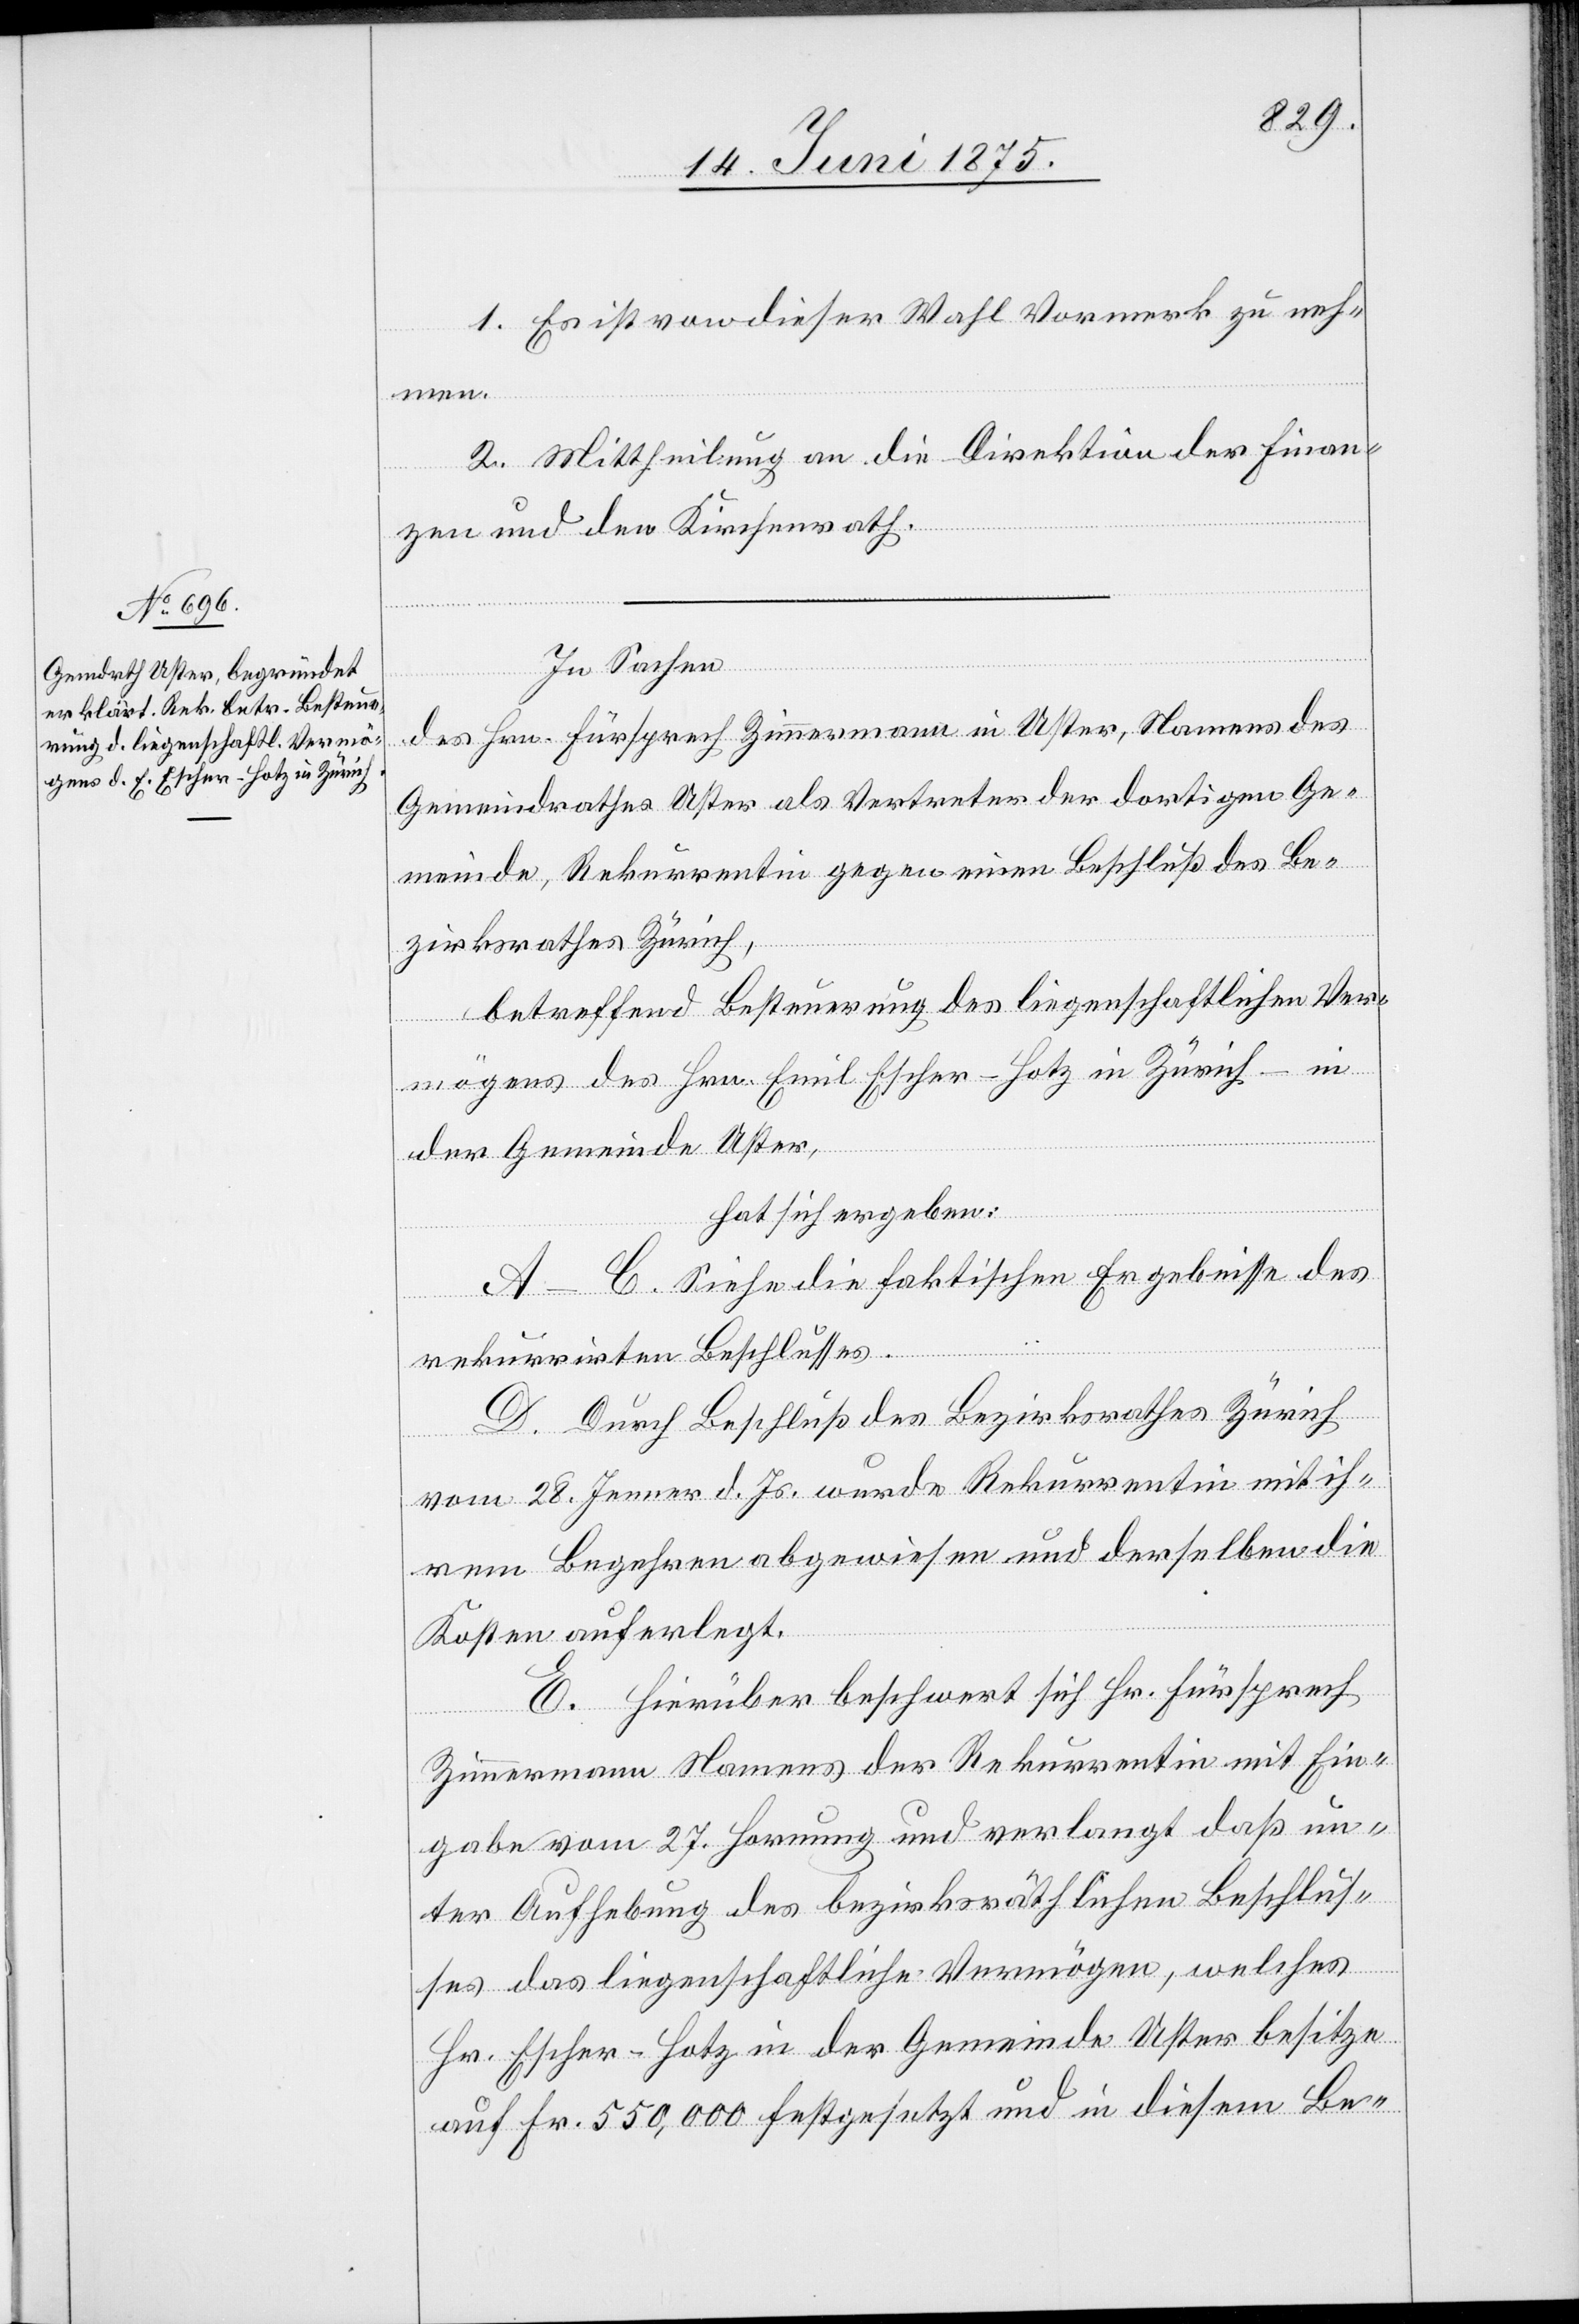
1. Es ist von dieser Wahl Vormerk zu neh¬
men.
2. Mittheilung an die Direktion der Finan¬
zen und den Kirchenrath.
In Sachen
des Hrn. Fürsprech Zimmermann in Uster, Namens des
Gemeindrathes Uster als Vertreter der dortigen Ge¬
meinde, Rekurrentin gegen einen Beschluß des Be¬
zirksrathes Zürich,
betreffend Besteuerung des liegenschaftlichen Ver¬
der Gemeinde Uster,
hat sich ergeben:
A–C. Siehe die faktischen Ergebnisse des
rekurrirten Beschlusses.
D. Durch Beschluß des Bezirksrathes Zürich
vom 28. Jenner d. Js. wurde Rekurrentin mit ih¬
rem Begehren abgewiesen und derselben die
Kosten auferlegt.
E. Hierüber beschwert sich Hr. Fürsprech
Hrn.
Zimmermann Namens der Rekurrentin mit Ein¬
gabe vom 27. Hornung und verlangt daß un¬
ter Aufhebung des bezirksräthlichen Beschlus¬
in
ses das liegenschaftliche Vermögen, welches
Hr. Escher-Hotz in der Gemeinde Uster besitze
auf Fr. 550,000 festgesetzt und in diesem Be-